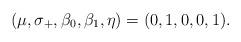
LaTeX: \begin{align*}(\mu, \sigma_+, \beta_0, \beta_1, \eta) = (0, 1, 0, 0, 1).\end{align*}